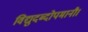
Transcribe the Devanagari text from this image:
विद्युदब्दोपमानौ।